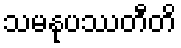
သမနုပဿတီတိ